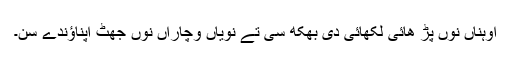
اوہناں نوں پڑ ھائی لکھائی دی بُھکھ سی تے نویاں وچاراں نوں جھٹ اپناؤندے سن۔